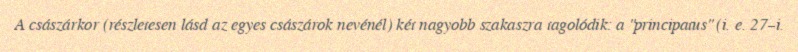
A császárkor (részletesen lásd az egyes császárok nevénél) két nagyobb szakaszra tagolódik: a "principatus" (i. e. 27–i.